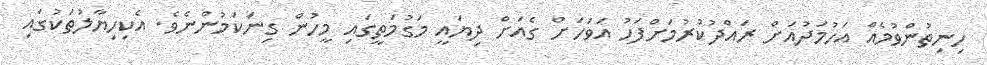
ހިނިތުންވުމެއް އަހުމަދުއަށް ރައްދުކުރުމަށްފަހު އަވަހަށް ގެއަށް ދިޔައީ މަގުމަތީގައި މީހުން ގިނަކަމުންނެވެ. އެކިހިޔާލުތަކުގައި